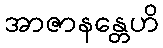
အာဇာနန္တေဟိ